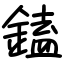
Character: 鎑